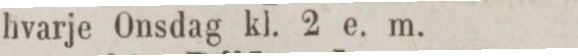
hvarje Onsdag kl. 2 e. m.